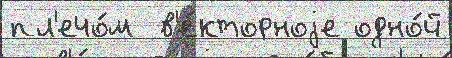
пл'ечо́м  в'е́кторноjе одно́й